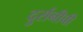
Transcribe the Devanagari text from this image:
दुर्रानीची